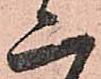
二